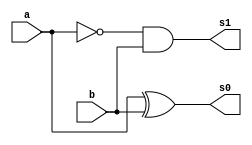

// Guia 04_03 - Diferenca completa com meia diferenca
// Nome: Andr Silveira Gomes de Paiva


module meiadiferenca (s0, s1, a, b);

 output s0, s1;
 input  a, b;
 wire q0;
 
xor XOR1 (s0, a, b);
not NOT1 (q0, a);
and AND1 (s1, q0, b);
 
endmodule
 

module diferencacompleta(s0, s1, a, b, v);

wire q0,q1,q2;
output s0, s1;
input a, b, v;

meiadiferenca MD1 (q0, q1, a, b);
meiadiferenca MD2 (s0, q2, v, q0);
or OR1 (s1, q1, q2);

endmodule


module testdiferencacompleta;
 reg   a, b, v;             
 wire  s0, s1;
          
 
 diferencacompleta DIFERENCACOMPLETA1 (s0, s1, a, b, v);

 initial begin:start
      a=0; b=0; v=0;
 end


 initial begin:main
      $display("Guia 04_03 - Andr Silveira Gomes de Paiva - 371670");
      $display("Diferenca-Completa com dois circuitos Meia-Diferenca.");
      $display("\nv a b = s1 s0\n");
      $monitor(" %b %b %b = %b %b", v, a, b, s1, s0);
#1 a=0;b=1;v=0;
#1 a=1;b=0;v=0;
#1 a=1;b=1;v=0;
#1 a=0;b=0;v=1;
#1 a=0;b=1;v=1;
#1 a=1;b=0;v=1;
#1 a=1;b=1;v=1;
  
 end

endmodule